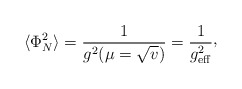
\begin{align*}\langle\Phi_{N}^{2}\rangle = {1\over g^{2}(\mu =\sqrt{v})}={1\over g_{\rm eff}^{2}}\raise 2pt\hbox{,}\end{align*}